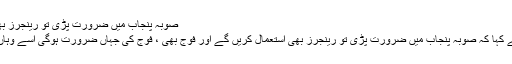
صوبہ پنجاب میں ضرورت پڑی تو رینجرز بھی استعمال کریں گے
ایک سوال پر انہوں نے کہا کہ صوبہ پنجاب میں ضرورت پڑی تو رینجرز بھی استعمال کریں گے اور فوج بھی ، فوج کی جہاں ضرورت ہوگی اسے وہاں تعینات کیا جائے گا۔